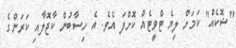
"ޝޮކެއް" ކަމަށް ލިޔެ ޓްވީޓެއް ކޮށްފަ އެވެ. އެ ހިސާބުން ކާޖޮލާއި ކަރަންގެ